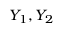
Y _ { 1 } , Y _ { 2 }